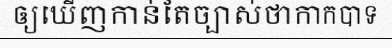
ឲ្យឃើញកាន់តែច្បាស់ថាកាកបាទ